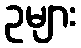
ဥများ